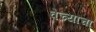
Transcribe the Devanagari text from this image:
वेच्यांचा